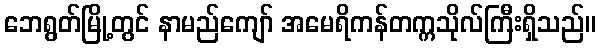
ဘေရွတ်မြို့တွင် နာမည်ကျော် အမေရိကန်တက္ကသိုလ်ကြီးရှိသည်။